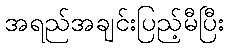
အရည်အချင်းပြည့်မီပြီး